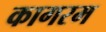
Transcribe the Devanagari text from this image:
कागरम